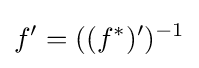
f'=((f^{*})')^{-1}